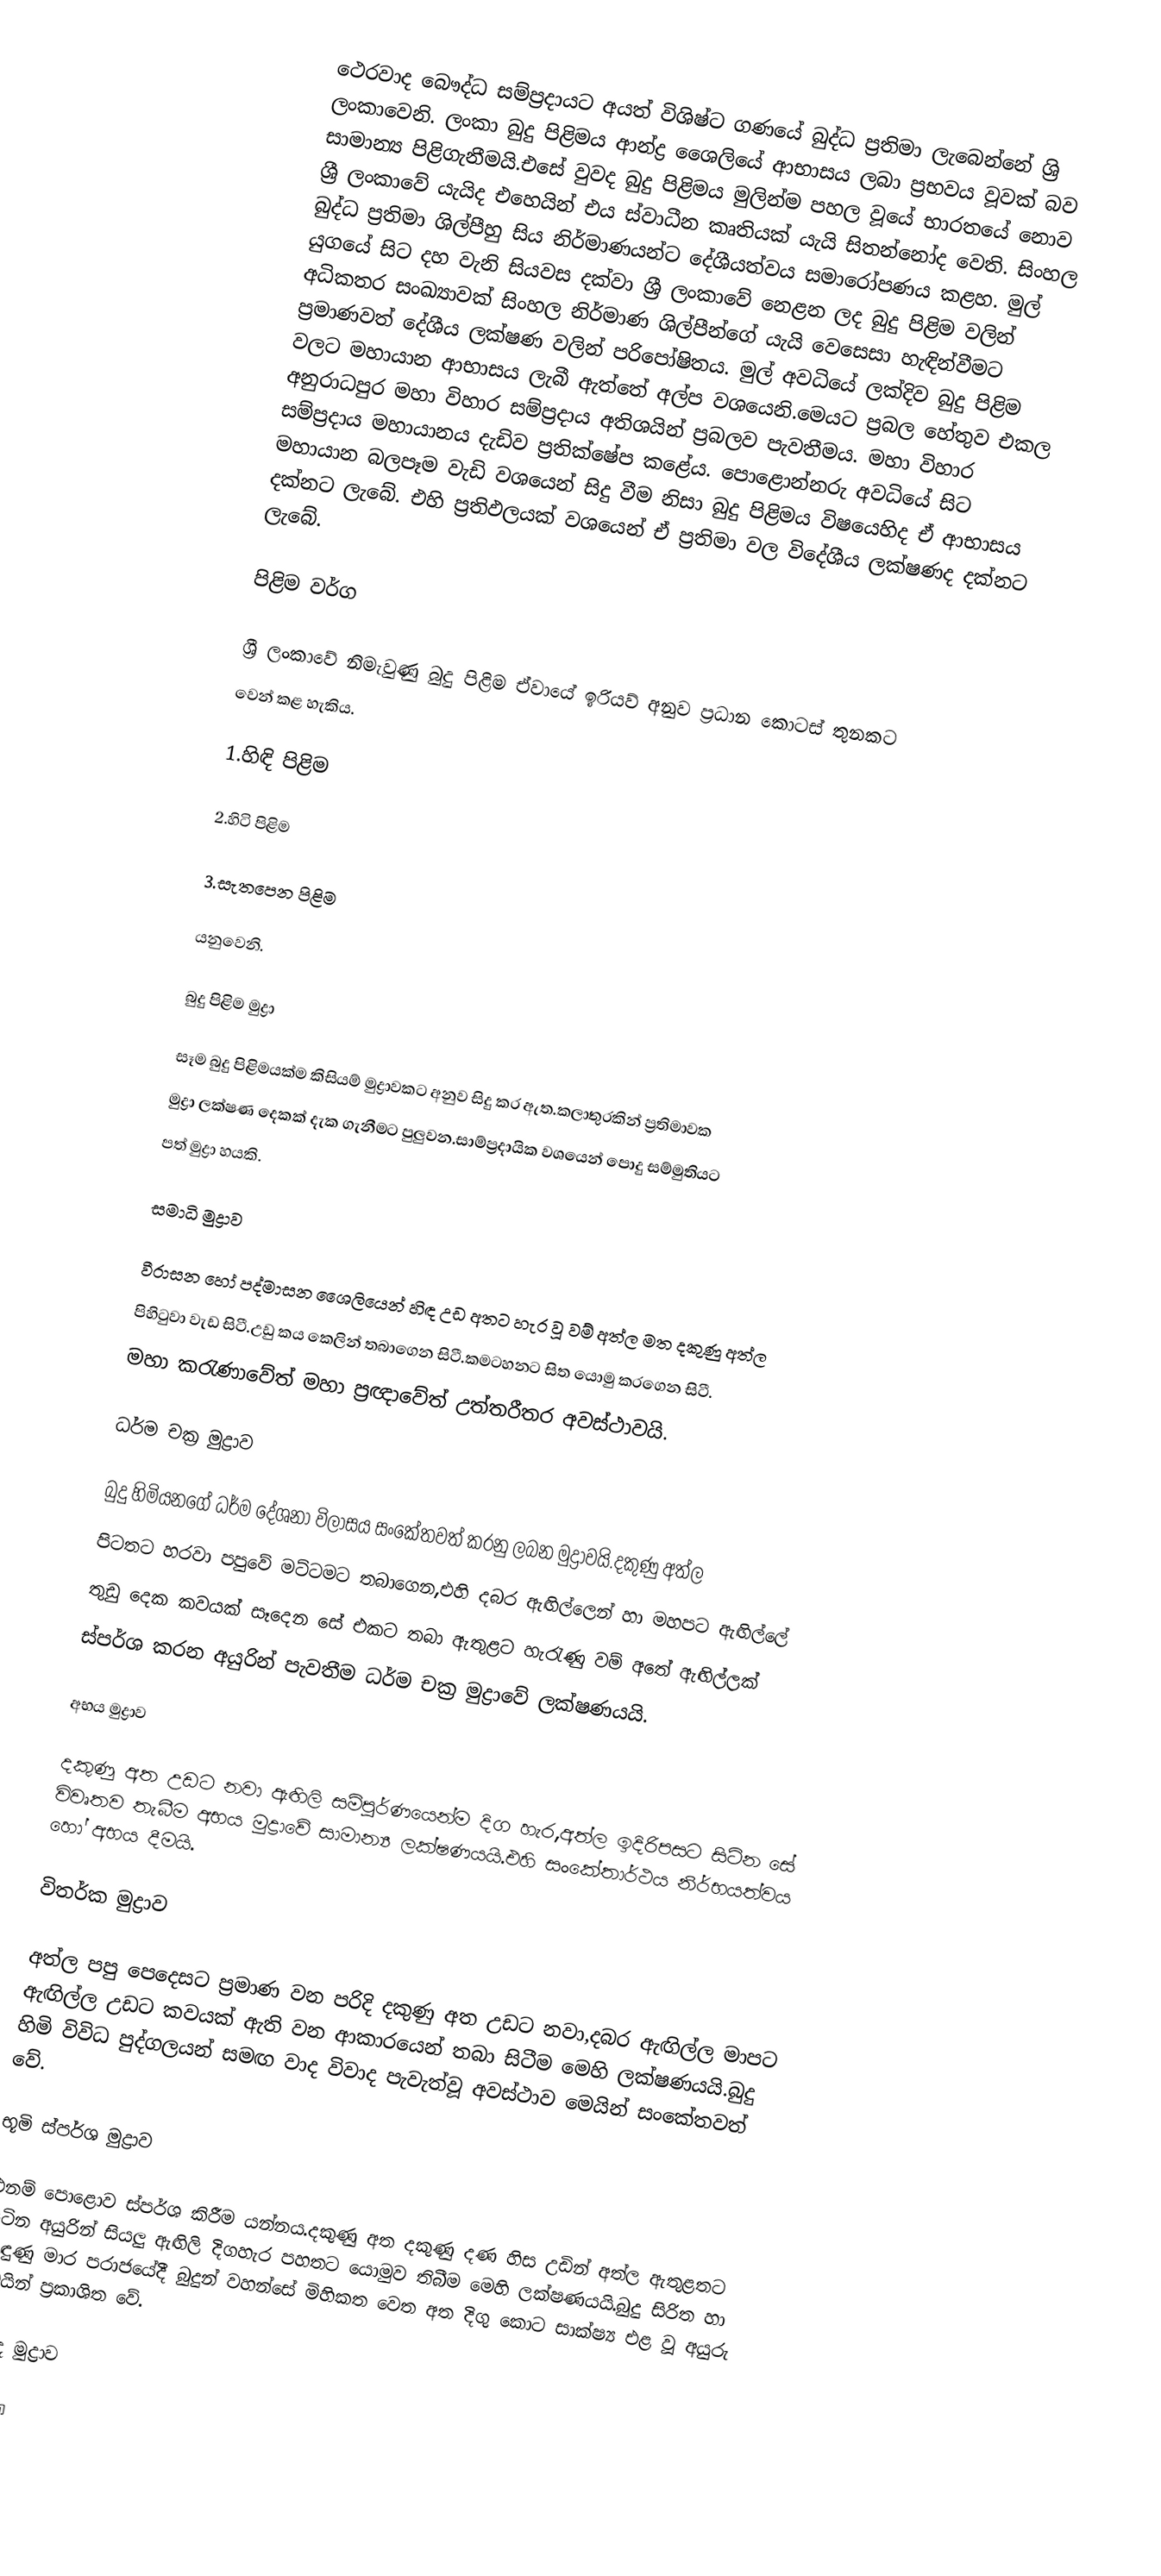
ථෙරවාද බෞද්ධ සම්ප්‍රදායට අයත් විශිෂ්ට ගණයේ බුද්ධ ප්‍රතිමා ලැබෙන්නේ ශ්‍රි ලංකාවෙනි. ලංකා බුදු පිළිමය ආන්ද්‍ර ශෛලියේ ආභාසය ලබා ප්‍රභවය වූවක් බව සාමාන්‍ය පිළිගැනීමයි.එසේ වුවද බුදු පිළිමය මුලින්ම පහල වූයේ භාරතයේ නොව ශ්‍රී ලංකාවේ යැයිද එහෙයින් එය ස්වාධීන කෘතියක් යැයි සිතන්නෝද වෙති. සිංහල බුද්ධ ප්‍රතිමා ශිල්පීහු සිය නිර්මාණයන්ට දේශීයත්වය සමාරෝපණය කළහ. මුල් යුගයේ සිට දහ වැනි සියවස දක්වා ශ්‍රී ලංකාවේ නෙළන ලද බුදු පිළිම වලින් අධිකතර සංඛ්‍යාවක් සිංහල නිර්මාණ ශිල්පීන්ගේ යැයි වෙසෙසා හැඳින්වීමට ප්‍රමාණවත් දේශීය ලක්ෂණ වලින් පරිපෝෂිතය. මුල් අවධියේ ලක්දිව බුදු පිළිම වලට මහායාන ආභාසය ලැබී ඇත්තේ අල්ප වශයෙනි.මෙයට ප්‍රබල හේතුව එකල අනුරාධපුර මහා විහාර සම්ප්‍රදාය අතිශයින් ප්‍රබලව පැවතීමය. මහා විහාර සම්ප්‍රදාය මහායානය දැඩිව ප්‍රතික්ෂේප කළේය. පොළොන්නරු අවධියේ සිට මහායාන බලපෑම වැඩි වශයෙන් සිදු වීම නිසා බුදු පිළිමය විෂයෙහිද ඒ ආභාසය දක්නට ලැබේ. එහි ප්‍රතිඵලයක් වශයෙන් ඒ ප්‍රතිමා වල විදේශීය ලක්ෂණද දක්නට ලැබේ.

පිළිම වර්ග

ශ්‍රී ලංකාවේ නිමැවුණු බුදු පිළිම ඒවායේ ඉරියව් අනුව ප්‍රධාන කොටස් තුනකට
වෙන් කළ හැකිය.

1.හිඳි පිළිම

2.හිටි පිළිම

3.සැතපෙන පිළිම

යනුවෙනි.

බුදු පිළිම මුද්‍රා

සෑම බුදු පිළිමයක්ම කිසියම් මුද්‍රාවකට අනුව සිදු කර ඇත.කලාතුරකින් ප්‍රතිමාවක
මුද්‍රා ලක්ෂණ දෙකක් දැක ගැනීමට පුලුවන.සාම්ප්‍රදායික වශයෙන් පොදු සම්මුතියට
පත් මුද්‍රා හයකි.

සමාධි මුද්‍රාව

වීරාසන ‍හෝ පද්මාසන ශෛලියෙන් හිඳ උඩ අතට හැර වූ වම් අත්ල මත දකුණු අත්ල
පිහිටුවා වැඩ සිටී.උඩු කය කෙලින් තබාගෙන සිටී.කමටහනට සිත යොමු කරගෙන සිටී.
මහා කරැණාවේත් මහා ප්‍ර‍ඥාවේත් උත්තරීතර අවස්ථාවයි.

ධර්ම චක්‍ර මුද්‍රාව

බුදු හිමියනගේ ධර්ම දේශනා විලාසය සංකේතවත් කරනු ලබන මුද්‍රාවයි.දකුණු අත්ල
පිටතට හරවා පපුවේ මට්ටමට තබාගෙන,එහි දබර ඇඟිල්ලෙන් හා මහපට ඇඟිල්ලේ
තුඩු දෙක කවයක් සෑදෙන සේ එකට තබා ඇතුළට හැරැණු වම් අතේ ඇඟිල්ලක්
ස්පර්ශ කරන අයුරින් පැවතීම ධර්ම චක්‍ර මුද්‍රාවේ ලක්ෂණයයි.

අභය මුද්‍රාව

දකුණු අත උඩට නවා ඇඟිලි සම්පූර්ණයෙන්ම දිග හැර,අත්ල ඉදිරිපසට සිටින සේ විවෘතව තැබීම අභය මුද්‍රාවේ සාමාන්‍ය ලක්ෂණයයි.එහි සංකේතාර්ථය නිර්භයත්වය හෝ අභය දීමයි.

විතර්ක මුද්‍රාව

අත්ල පපු පෙදෙසට ප්‍රමාණ වන පරිදි දකුණු අත උඩට නවා,දබර ඇඟිල්ල මාපට ඇඟිල්ල උඩට කවයක් ඇති වන ආකාරයෙන් තබා සිටීම මෙහි ලක්ෂණයයි.බුදු හිමි විවිධ පුද්ගලයන් සමඟ වාද විවාද පැවැත්වූ අවස්ථාව මෙයින් සංකේතවත් වේ.

භූමි ස්පර්ශ මුද්‍රාව

එනම් පොළොව ස්පර්ශ කිරීම යන්නය.දකුණු අත දකුණු දණ හිස උඩින් අත්ල ඇතුළතට සිටින අයුරින් සියලු ඇඟිලි දිගහැර පහතට යොමුව තිබීම මෙහි ලක්ෂණයයි.බුදු සිරිත හා බැඳුණු මාර පරාජයේදී බුදුන් වහන්සේ මිහිකත වෙත අත දිගු කොට සාක්ෂ්‍ය එළ වූ අයුරු මෙයින් ප්‍රකාශිත වේ.

වරද මුද්‍රාව

දකුණත